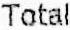
TOTAL